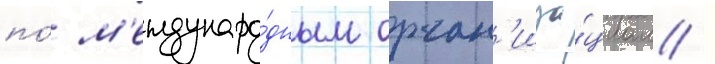
по́ м'еждунаро́дным орган'иза́циам /